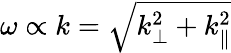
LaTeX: \omega\propto k=\sqrt{k_{\perp}^{2}+k_{\parallel}^{2}}